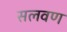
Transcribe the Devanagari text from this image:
सलवण